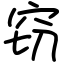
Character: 窃